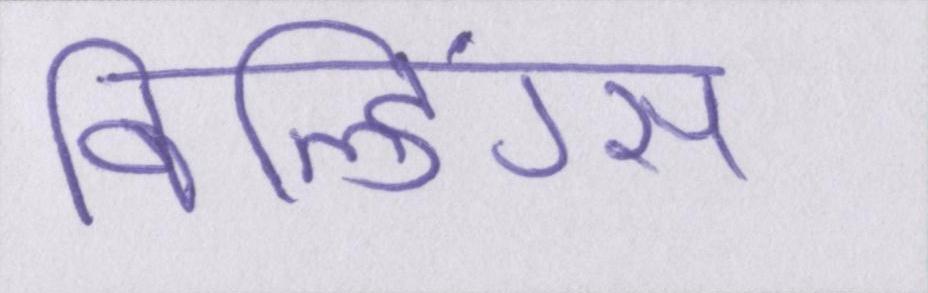
बिल्डिंग्स